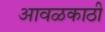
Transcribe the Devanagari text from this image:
आवळकाठी